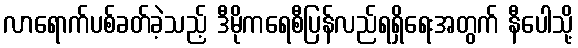
လာရောက်ပစ်ခတ်ခဲ့သည့် ဒီမိုကရေစီပြန်လည်ရရှိရေးအတွက် နီပေါသို့